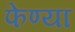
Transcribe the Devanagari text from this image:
फेण्या